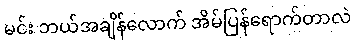
မင်း ဘယ်အချိန်လောက် အိမ်ပြန်ရောက်တာလဲ